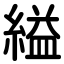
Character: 縊